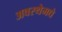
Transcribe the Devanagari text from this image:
अवस्थेमधे